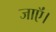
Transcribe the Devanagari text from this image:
जाऍं।